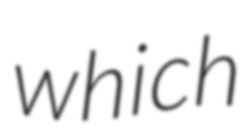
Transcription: which